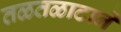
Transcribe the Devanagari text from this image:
तळतळाटानें